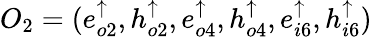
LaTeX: O_{2}=(e_{o2}^{\uparrow},h_{o2}^{\uparrow},e_{o4}^{\uparrow},h_{o4}^{\uparrow},e_{i6}^{\uparrow},h_{i6}^{\uparrow})